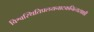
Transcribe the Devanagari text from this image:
विश्वस्थितिप्रलयनाटकनित्यसाक्षी